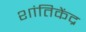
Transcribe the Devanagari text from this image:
शांतिकेंद्र